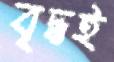
বৃদ্ধই